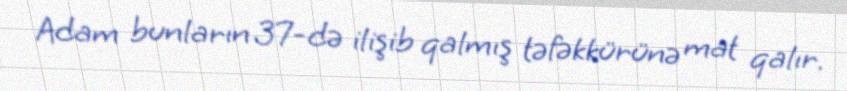
Adam bunların 37-də ilişib qalmış təfəkkürünə mat qalır.